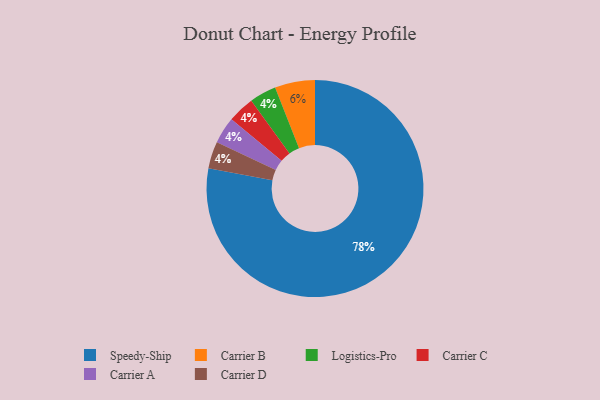
{"axis": {"x": "Category", "y": "Percentage"}, "legend": ["Carrier A", "Carrier B", "Carrier C", "Carrier D", "Logistics-Pro", "Speedy-Ship"], "data": [{"x": "Logistics-Pro", "y": 4, "type": "Logistics-Pro"}, {"x": "Speedy-Ship", "y": 78, "type": "Speedy-Ship"}, {"x": "Carrier B", "y": 6, "type": "Carrier B"}, {"x": "Carrier C", "y": 4, "type": "Carrier C"}, {"x": "Carrier A", "y": 4, "type": "Carrier A"}, {"x": "Carrier D", "y": 4, "type": "Carrier D"}]}